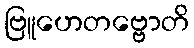
ဗြူဟေတဗ္ဗောတိ